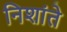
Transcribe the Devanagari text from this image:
निशांते